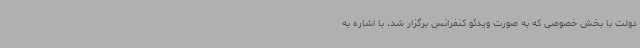
دولت با بخش خصوصی که به صورت ویدئو کنفرانس برگزار شد، با اشاره به